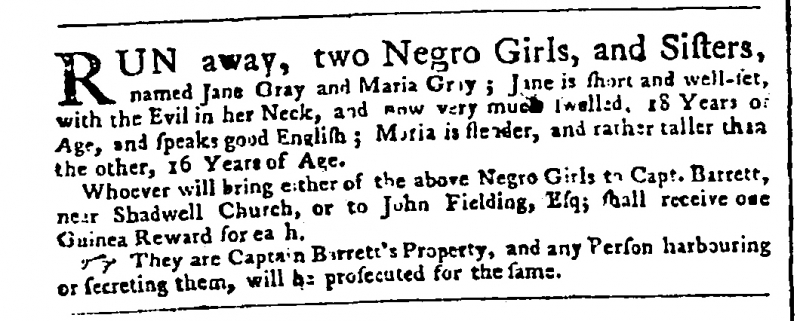
Public Advertiser, 22 November 1758 (England)
RUN away, two Negro Girls, and Sisters, named Jane Gray and Maria Gray; Jane is short and well-set, with the Evil in her Neck, and now very much swelled, 18 Years of Age, and speaks good English; Maria is slender, and rather taller than the other, 16 Years of Age.  Whoever will bring either of the above Negro Girls to Capt. Barrett, near Shadwell Church, or to John Fielding, Esq; shall receive one Guinea Reward for ea[c]h.   They are Captain Barrett’s Property, and any Person harbouring or secreting them, will be prosecuted for the same.